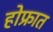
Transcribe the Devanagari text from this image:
होफ्रात